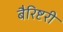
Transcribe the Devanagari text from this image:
बैरिष्टरी